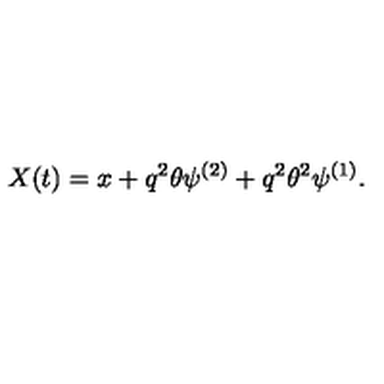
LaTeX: X ( t ) = x + q ^ { 2 } \theta \psi ^ { ( 2 ) } + q ^ { 2 } \theta ^ { 2 } \psi ^ { ( 1 ) } .